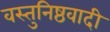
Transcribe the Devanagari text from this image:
वस्तुनिष्ठवादी